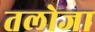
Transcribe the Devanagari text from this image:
तलोजा